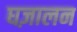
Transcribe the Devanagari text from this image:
घज़ालन